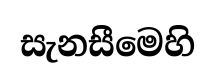
සැනසීමෙහි